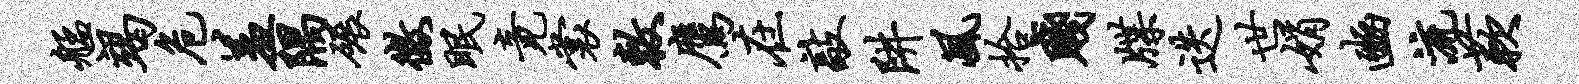
艋竭危羞隅碾征眠竟裳敕鹰在敲阱风拾贱牒迭世娟豳流蔌